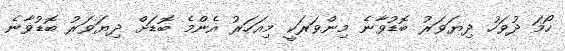
ހޯމަ ދުވަހު ދިޔަވަރު ބޮޑުވާނެ މިންވަރަކީ މިއަހަރު އެންމެ ބޮޑަށް ދިޔަވަރު ބޮޑުވާނެ